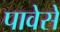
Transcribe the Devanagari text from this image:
पावेसे